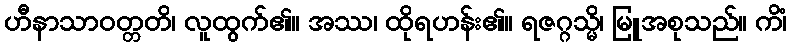
ဟီနာသာဝတ္တတိ၊ လူထွက်၏။ အဿ၊ ထိုရဟန်း၏။ ရဇဂ္ဂသ္မိ၊ မြူအစုသည်။ ကိံ၊